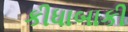
કીધાબાકી